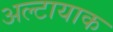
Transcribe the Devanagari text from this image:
अल्टायाक